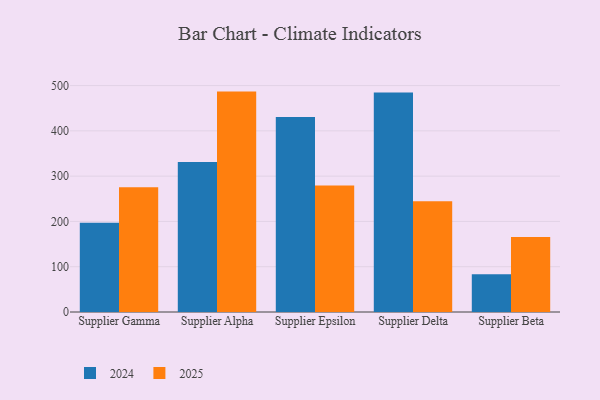
{"axis": {"x": "Supplier", "y": "Waste Production (Tons)"}, "legend": ["2024", "2025"], "data": [{"x": "Supplier Gamma", "y": 275.7, "type": "2025"}, {"x": "Supplier Gamma", "y": 197.3, "type": "2024"}, {"x": "Supplier Alpha", "y": 486.7, "type": "2025"}, {"x": "Supplier Alpha", "y": 331.2, "type": "2024"}, {"x": "Supplier Epsilon", "y": 279.2, "type": "2025"}, {"x": "Supplier Epsilon", "y": 430.7, "type": "2024"}, {"x": "Supplier Delta", "y": 244.5, "type": "2025"}, {"x": "Supplier Delta", "y": 484.5, "type": "2024"}, {"x": "Supplier Beta", "y": 165.8, "type": "2025"}, {"x": "Supplier Beta", "y": 83.1, "type": "2024"}]}